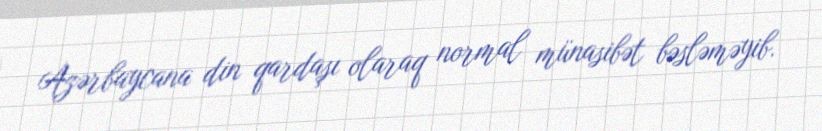
Azərbaycana din qardaşı olaraq normal münasibət bəsləməyib.